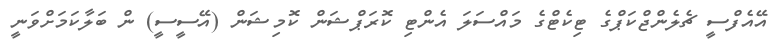
އޭއެފްސީ ޗެލެންޖްކަޕްގެ ޓިކެޓްގެ މައްސަލަ އެންޓި ކޮރަޕްޝަން ކޮމިޝަން (އޭސީސީ) ން ބަލާކަމަށްވަނީ